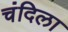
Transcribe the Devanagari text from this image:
चंदिला